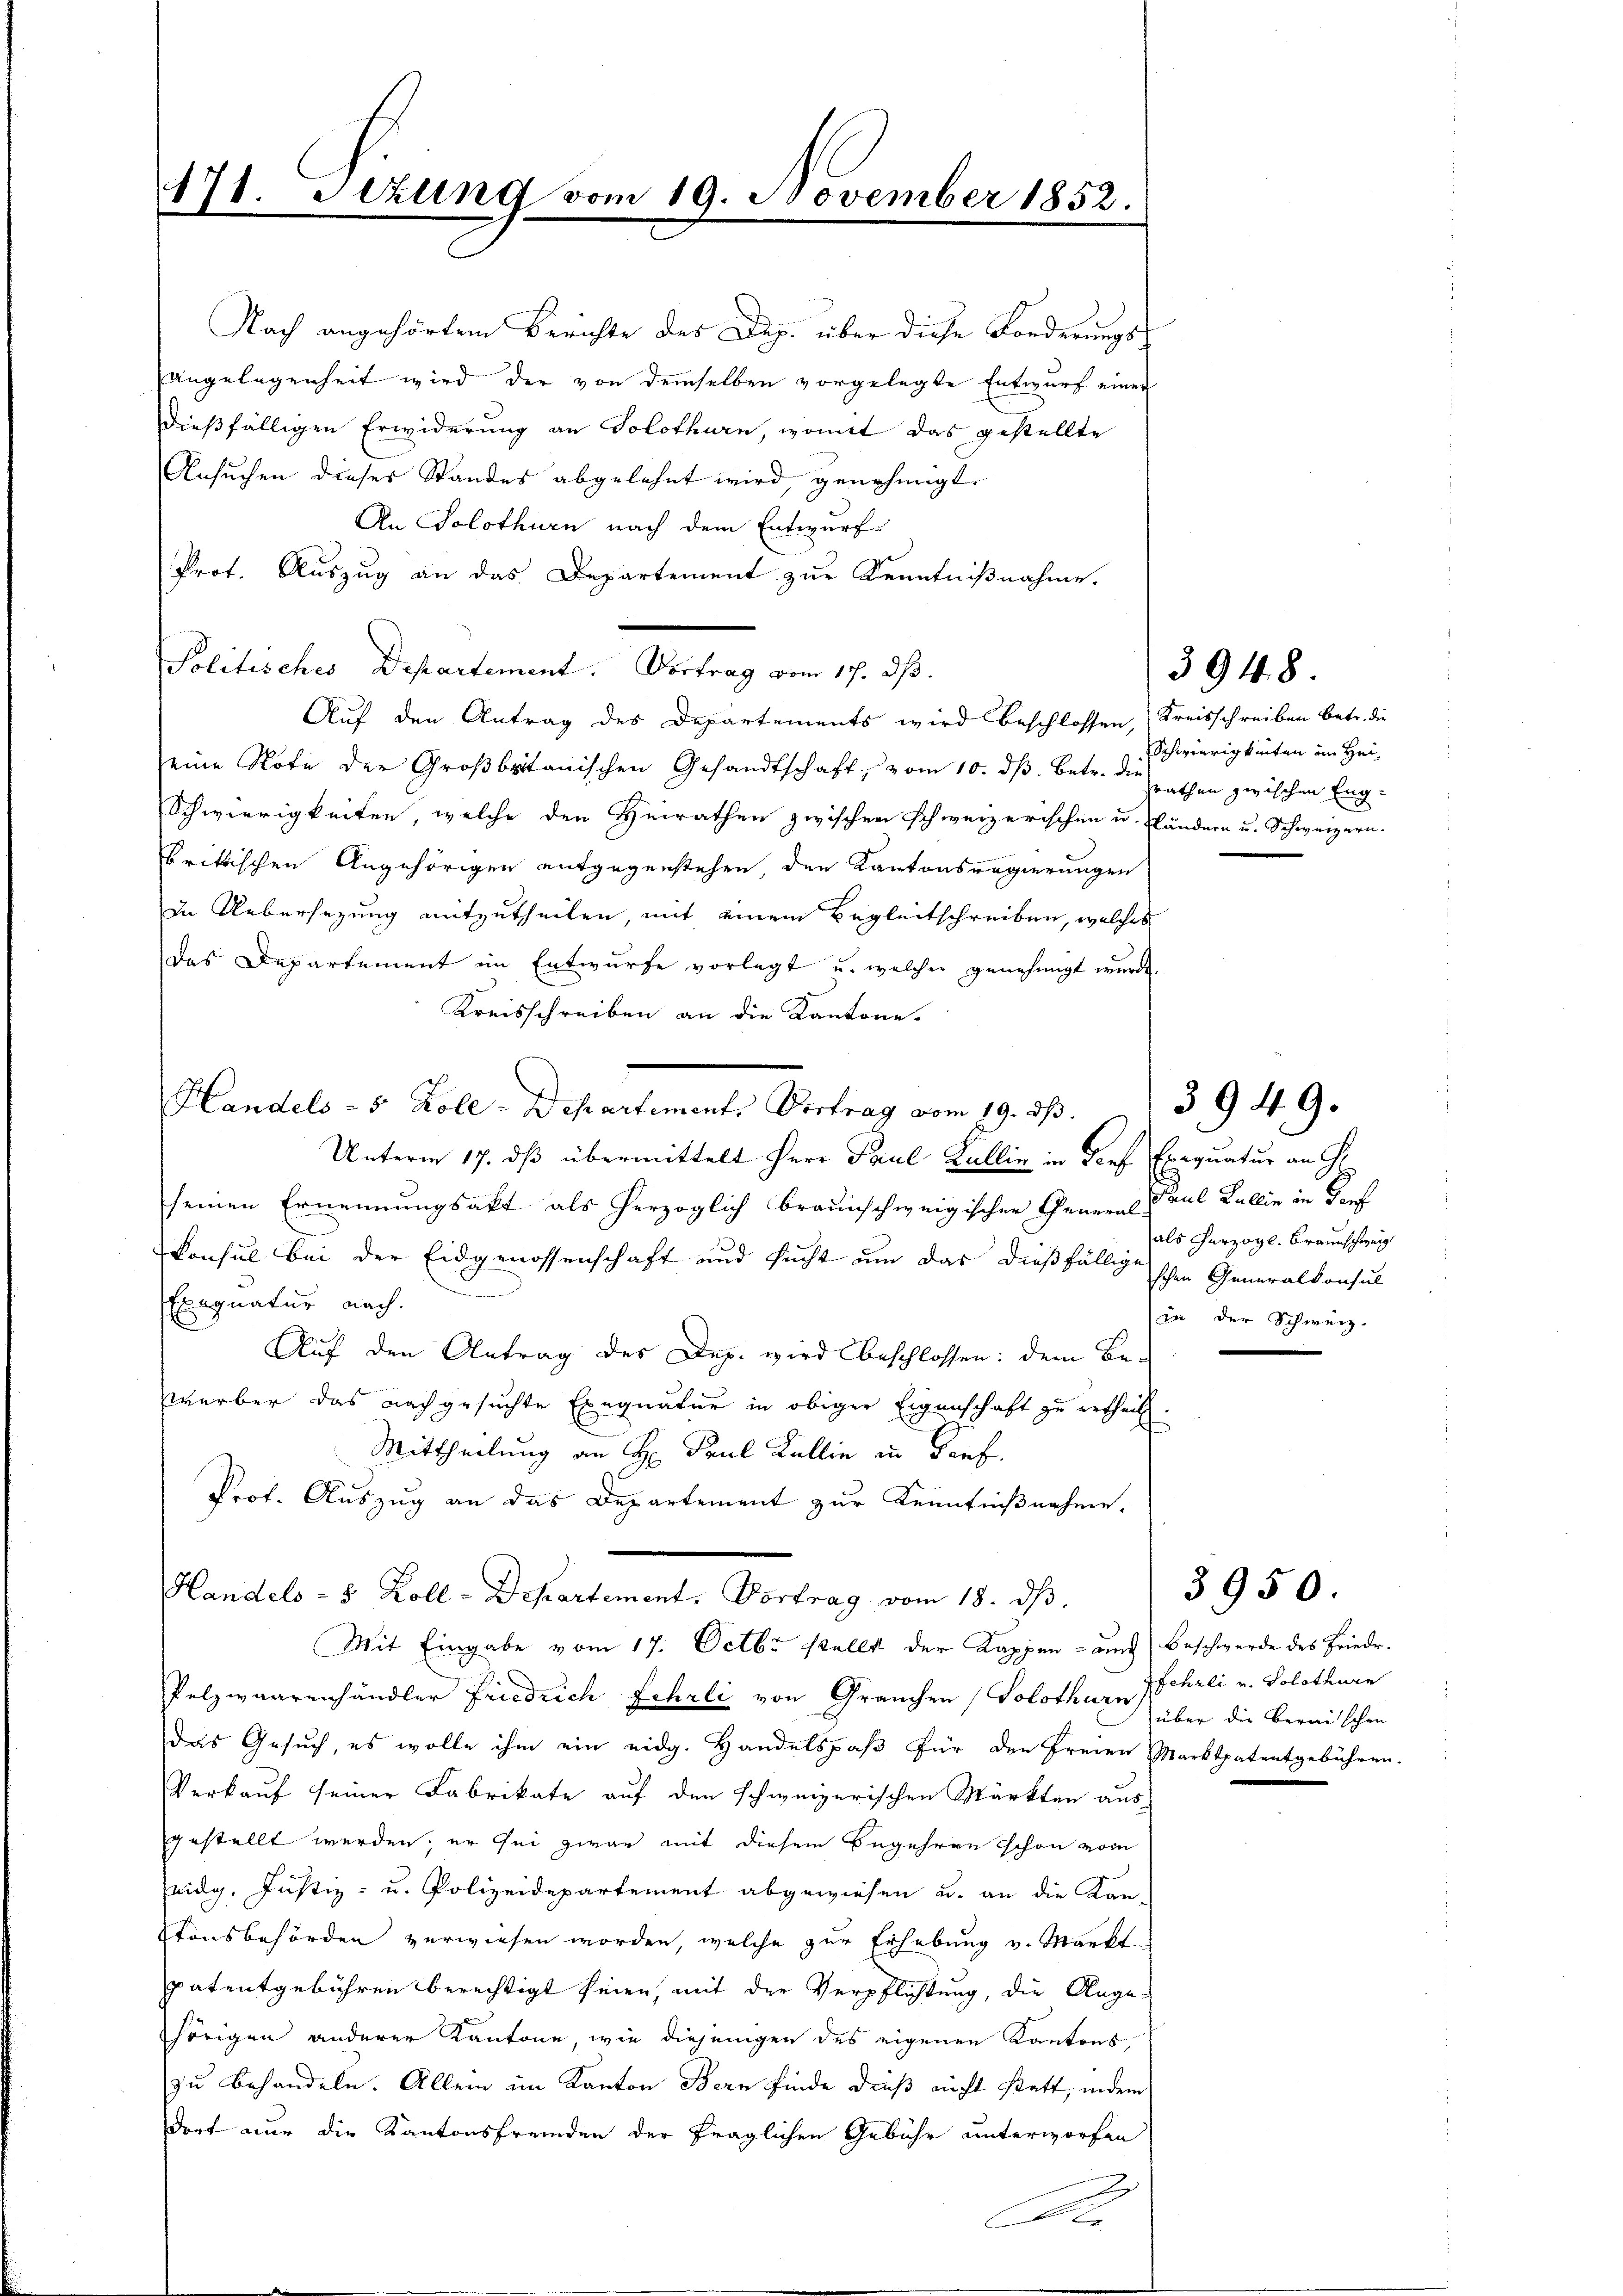
171. Setzung vom 19. November 1852.

Nach angehörtem Berichte des Dep. über diese Forderungs¬
Angelegenheit wird, der von demselben vorgelegte Entwurf einer
dießfälligen Erwiderung an Solothurn, womit das gestellte
Ansuchen dieses Standes abgelehnt wird, genehmigt.
An Solothurn nach dem Entwurf-
Prot. Auszug an das Departement zur Kenntnißnahme.
Politischer Departement. Vortrag vom 17. ds.
Auf den Antrag des Departements wird beschlossen, Kreisschreiben betr. die
seine Note der Großbritanischen Gesandtschaft, vom 10. dβ. betr. die Rathen zwischen Eng¬
Schwierigkeiten, welche den Heirathen zwischen schweizerischen u. Kändern u. Schweizern.
brittischen Angehörigen entgegenstehen, den Kantonsregierungen
in Uebersezung mitzutheilen, mit einem Begleitschreiben, welches
das Departement im Entwurfe vorlegt u. welcher genehmigt wurde.
Kreisschreiben an die Kantone.
Handels- 5. Kole-Departement. Vertrag vom 19. dβ.
Unterm 17. dβ übermittelt Herr Paul Kallin in Dorf Exequatur an G
seinen Ernennungsakt als herzoglich braunschweigischen General Paul Kallie in dorf
Consul bei der Eidgenossenschaft und sucht um das dießfällige schen Generalkonsul
Eignatur nach
Auf den Antrag des Dep. wird beschlossen: dem Be-
werber das nachgesuchte Exequatur in obiger Eigenschaft zu ertheil
Mittheilung an H. Paul Kallin in Porf.
Prof. Auszug an das Departement zur Kenntnißnahme.
Handels- 5 Zoll-Departement. Vortrag vom 18. dβ.
Mit Eingabe vom 17. Octbr stellt der Kappen - auch Beschwerde des Frieder¬
Pelzwaarenhändler Friedrich Schrli von Grauchen (Solothurn Schrei v. Solothurn
das Gesuch, es wolle ihm ein eidg. Handelspaß für den freien Marktpatentgebühren.
Verkauf seiner Fabrikate auf den schweizerischen Märkten aus-
gestellt werden; er sei zwar mit diesem Begehren schon vom
eidg. Justiz- u. Polizeidepartement abgewiesen u. an die Kantonsbehörden verwiesen worden, welche zur Erhebung v. Markt
patentgebühren berechtigt seien, mit der Verpflichtung, die Auge
hörigen anderer Kantone, wie diejenigen des eigenen Kantons,
zu behandeln. Allein im Kanton Bern finde dieß nicht statt, indem
dort nur die Kantonsfremden der fraglichen Gebühr unterworfen
2

Schwierigkeiten im Hei¬

3948

als herzogl. Braunschweig
in der Schweiz.

3949.

über die Beraischen

3950.